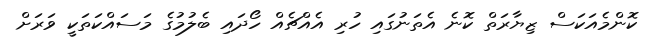
ކޮންމެއަކަސް ޒިޔާރަތް ކޮނެ އެތަނުގައި ހުރި އެއްޗެއް ހޯދައި ބެލުމުގެ މަސައްކަތަކީ ވަރަށް